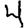
Digit: 4